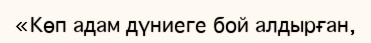
«Көп адам дүниеге бой алдырған,